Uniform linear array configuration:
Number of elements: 8
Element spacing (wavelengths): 0.25
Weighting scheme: hann
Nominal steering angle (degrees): -15
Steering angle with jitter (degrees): -13.946
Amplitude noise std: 0.05
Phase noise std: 0.05

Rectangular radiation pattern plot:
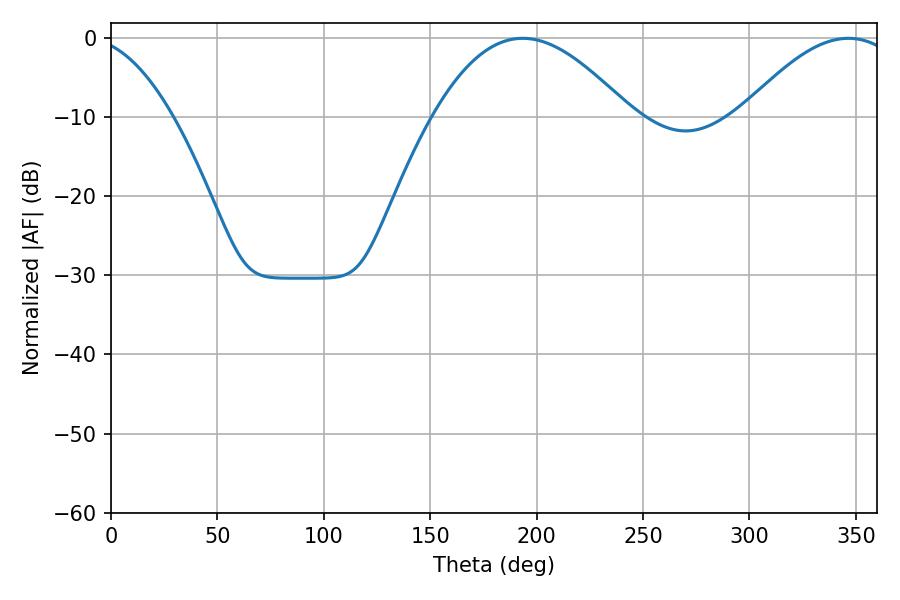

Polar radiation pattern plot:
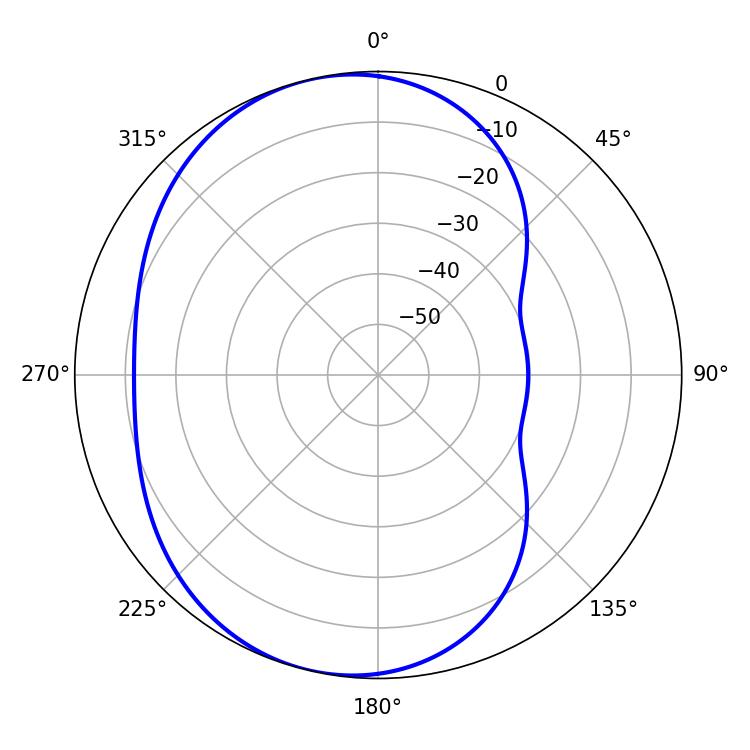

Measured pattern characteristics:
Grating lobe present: FALSE
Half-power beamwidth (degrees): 50.58
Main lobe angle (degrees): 193.5